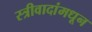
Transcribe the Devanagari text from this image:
स्त्रीवादांमधून